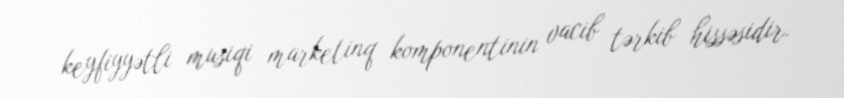
keyfiyyətli musiqi marketinq komponentinin vacib tərkib hissəsidir.